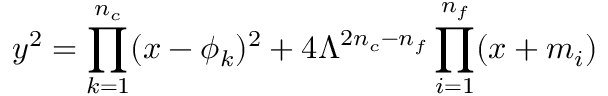
y ^ { 2 } = \prod _ { k = 1 } ^ { n _ { c } } ( x - \phi _ { k } ) ^ { 2 } + 4 \Lambda ^ { 2 n _ { c } - n _ { f } } \prod _ { i = 1 } ^ { n _ { f } } ( x + m _ { i } )